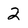
Character: 2